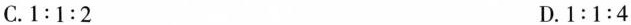
C.1:1:2 D.1:1:4